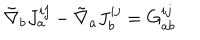
{ \tilde { \nabla } } _ { b } J _ { a } ^ { i j } - { \tilde { \nabla } } _ { a } J _ { b } ^ { i j } = G _ { a b } ^ { i j }